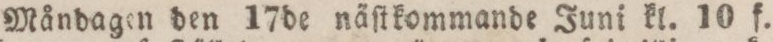
Måndagen den 17de näſtkommande Juni kl. 10 f.